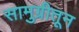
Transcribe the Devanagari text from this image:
सामुग्रीतून